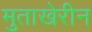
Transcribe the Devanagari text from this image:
मुताखेरीन